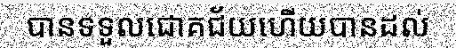
បានទទួលជោគជ័យហើយបានដល់